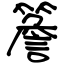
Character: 簷